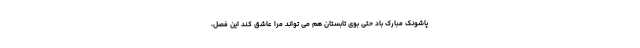
پاشونک مبارک باد حتی بوی تابستان هم می‌ تواند مرا عاشق کند این فصل،